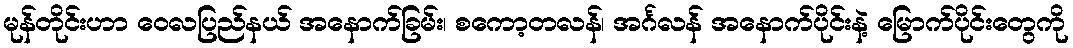
မုန်တိုင်းဟာ ဝေလပြည်နယ် အနောက်ခြမ်း၊ စကော့တလန်၊ အင်္ဂလန် အနောက်ပိုင်းနဲ့ မြောက်ပိုင်းတွေကို